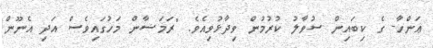
ޢަންހާ- ގެ ކިބައިން ސުވާލު ކުރުމުން ވިދާޅުވިއެވެ. "ރަމަޟާން މަހުގައިވެސް އަދި އެނޫން